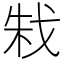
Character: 㦵